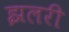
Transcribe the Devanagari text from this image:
झलरी